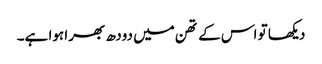
دیکھا تو اس کے تھن میں دودھ بھرا ہوا ہے۔